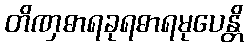
တိဏှဓာရခုရဓာရမုပေန္တိ